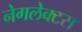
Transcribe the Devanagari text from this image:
नेगलेक्टस